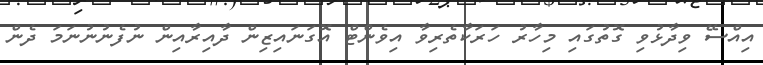
އިއްސޭ ވިދާޅުވި ގޮތުގައި މިހާރު ހަރަކާތެރިވާ އިވެންޓް އޮގަނައިޒިން ދާއިރާއިން ނުފެނުނުނަމަ ދެން